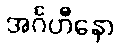
အင်္ဂဟီနော